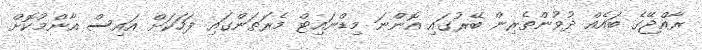
ރާއްޖޭގެ ބައެއް ދުވުންތެރިން ބޭރުގައި އޮންނަ މިޑްނައިޓް މެރަތަންގައި ފަހަކަށް އައިސް އާންމުކޮށް